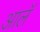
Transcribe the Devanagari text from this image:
आलॅ